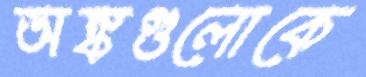
অঙ্কগুলোকে